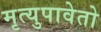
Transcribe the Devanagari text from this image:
मृत्युपावेतो